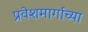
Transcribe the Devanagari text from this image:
प्रवेशमार्गाच्या